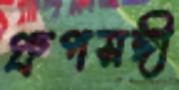
গ্রুপসঙ্গী